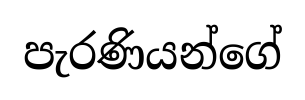
පැරණියන්ගේ